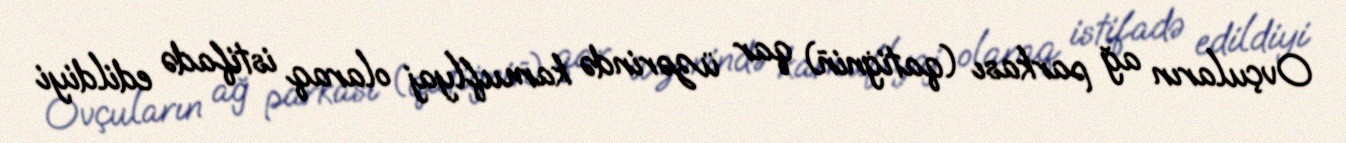
Ovçuların ağ parkası (qatiġniñ) qar üzərində kamuflyaj olaraq istifadə edildiyi